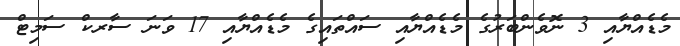
މެޑެއްޔާއި 3 ނޮވެންބަރުގެ މެޑެއްޔާއި ސައްތައިގެ މެޑެއްޔާއި 17 ވަނަ ސާރކް ސަމިޓް